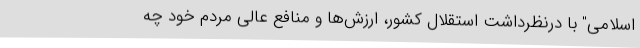
اسلامی" با درنظرداشت استقلال کشور، ارزش‌ها و منافع عالی مردم خود چه